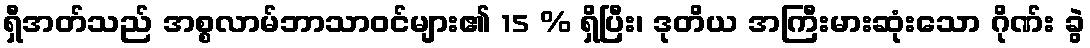
ရှီအတ်သည် အစ္စလာမ်ဘာသာဝင်များ၏ 15 % ရှိပြီး၊ ဒုတိယ အကြီးမားဆုံးသော ဂိုဏ်း ခွဲ